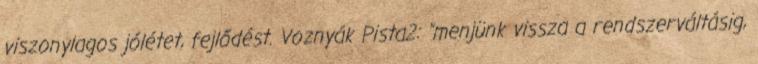
viszonylagos jólétet, fejlődést. Voznyák Pista2: "menjünk vissza a rendszerváltásig,